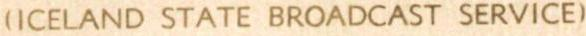
(ICELAND STATE BROADCAST SERVICE)